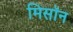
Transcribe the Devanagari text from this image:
मिसॉन